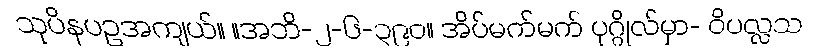
သုပိနပဥအကျယ်။ ။အဘိ-၂-၆-၃၉၀။ အိပ်မက်မက် ပုဂ္ဂိုလ်မှာ- ဝိပလ္လသ